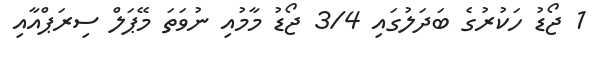
1 ޖޯޑު ހަކުރުގެ ބަދަލުގައި 3/4 ޖޯޑު މާމުއި ނުވަތަ މޭޕަލް ސިރަޕްއާއި